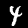
Digit: 4